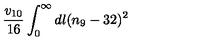
\frac { v _ { 1 0 } } { 1 6 } \int _ { 0 } ^ { \infty } d l ( n _ { 9 } - 3 2 ) ^ { 2 }